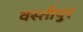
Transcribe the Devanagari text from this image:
वस्तीपुर